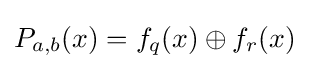
P_{a,b}(x)=f_{q}(x)\oplus f_{r}(x)